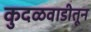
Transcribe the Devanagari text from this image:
कुदळवाडीतून